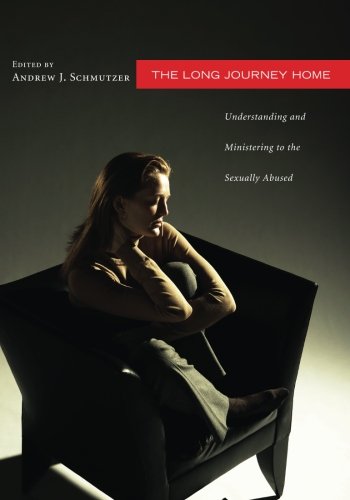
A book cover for The Long Journey Home: Understanding and Ministering to the Sexually Abused; Politics & Social Sciences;